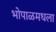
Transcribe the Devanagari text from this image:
भोपाळमधला